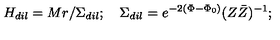
H _ { d i l } = M r / \Sigma _ { d i l } ; \quad \Sigma _ { d i l } = e ^ { - 2 ( \Phi - { \Phi } _ { 0 } ) } ( Z { \bar { Z } } ) ^ { - 1 } ;